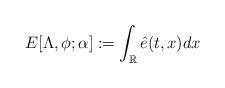
LaTeX: \begin{align*}E[\Lambda,\phi; \alpha] := \int_{\mathbb{R}} \hat e(t,x)dx \end{align*}